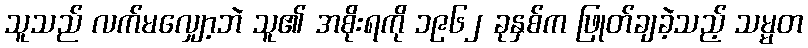
သူသည် လက်မလျှော့ဘဲ သူ၏ အစိုးရကို ၁၉၆၂ ခုနှစ်က ဖြုတ်ချခဲ့သည့် သမ္မတ